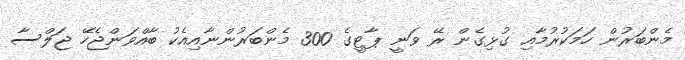
މެންބަރުން ހަމަކުރުމާއި ގުޅިގެން ރޭ ވަނީ ޕާޓީގެ 300 މެންބަރުންނާއިއެކު ބާއްވަންޖެހޭ ޖަލްސާ